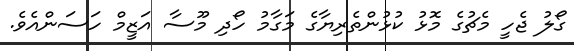
ގޯލު ޖެހީ މެޗުގެ މޮޅު ކުޅުންތެރިޔާގެ މަގާމު ހޯދި މޫސާ އަޒީމް ހަސަންއެވެ.